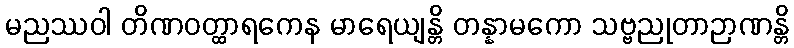
မညဿဝါ တိဏဝတ္ထာရကေန မာရေယျန္တိ တန္နာမကော သဗ္ဗညုတာဉာဏန္တိ